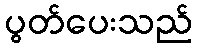
ပွတ်ပေးသည်